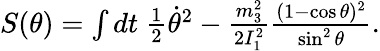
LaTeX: \begin{array}{r}{S(\theta)=\int dt~\frac 12\dot{\theta}^{2}-\frac{m_{3}^{2}}{2I_{1}^{2}}\frac{(1-\cos\theta)^{2}}{\sin^{2}\theta}.}\end{array}